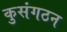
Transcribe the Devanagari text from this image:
कुसंगठन